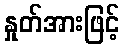
နှုတ်အားဖြင့်